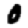
Digit: 0